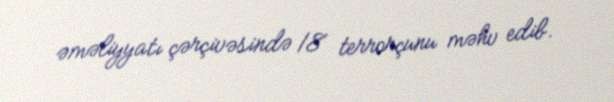
əməliyyatı çərçivəsində 18 terrorçunu məhv edib.